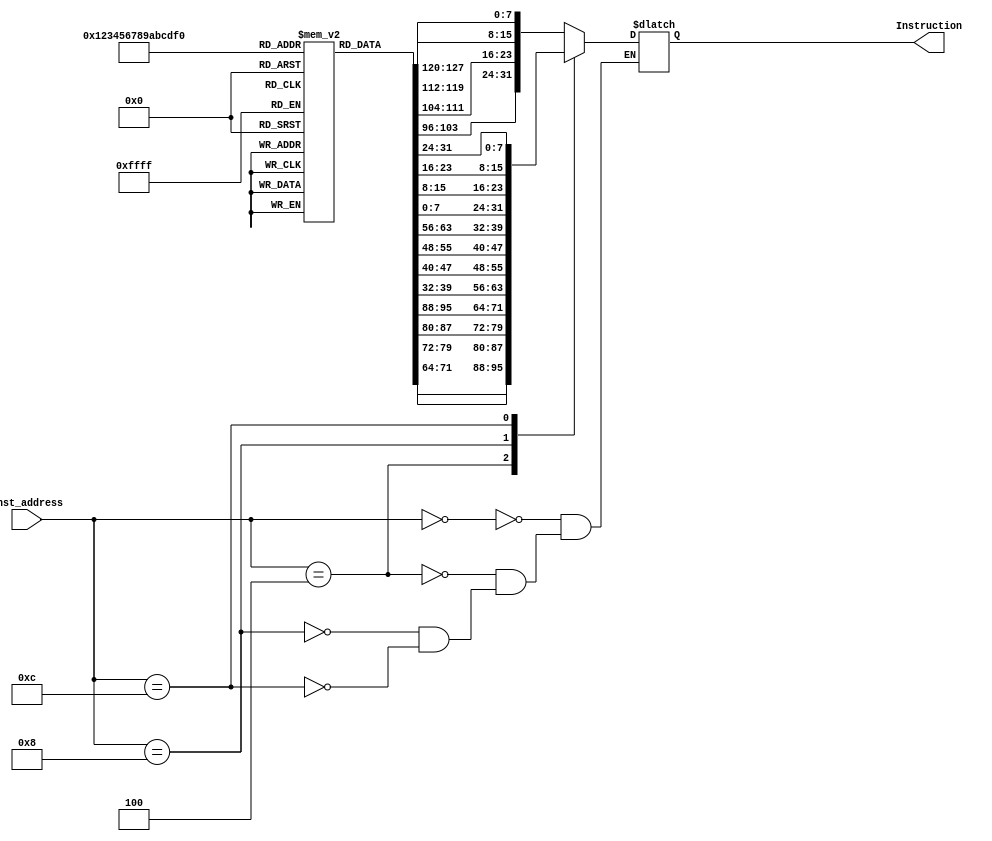
module Instruction_Memory (
    input  [63:0] Inst_address,
    output reg [31:0] Instruction
);
    reg [7:0] instr_mem [15:0]; // 16 bitsx8 = 16 bytes

    initial begin
        instr_mem [ 0] = 8'd10;
        instr_mem [ 1] = 8'd11;
        instr_mem [ 2] = 8'd12;
        instr_mem [ 3] = 8'd13;
        instr_mem [ 4] = 8'd14;
        instr_mem [ 5] = 8'd15;
        instr_mem [ 6] = 8'd16;
        instr_mem [ 7] = 8'd17;
        instr_mem [ 8] = 8'd18;
        instr_mem [ 9] = 8'd19;
        instr_mem [10] = 8'd20;
        instr_mem [11] = 8'd21;
        instr_mem [12] = 8'd22;
        instr_mem [13] = 8'd23;
        instr_mem [14] = 8'd24;
        instr_mem [15] = 8'd25;   
    end
    
    always @(Inst_address) begin
        case(Inst_address)
        64'd0 : Instruction = {instr_mem[3], instr_mem[2], instr_mem[1], instr_mem[0]};
        64'd4 : Instruction = {instr_mem[7], instr_mem[6], instr_mem[5], instr_mem[4]};
        64'd8 : Instruction = {instr_mem[11], instr_mem[10], instr_mem[9], instr_mem[8]};
        64'd12: Instruction = {instr_mem[15], instr_mem[14], instr_mem[13], instr_mem[12]};
        endcase
    end

endmodule